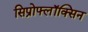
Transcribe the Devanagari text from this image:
सिप्रोफ्लॉक्सिन